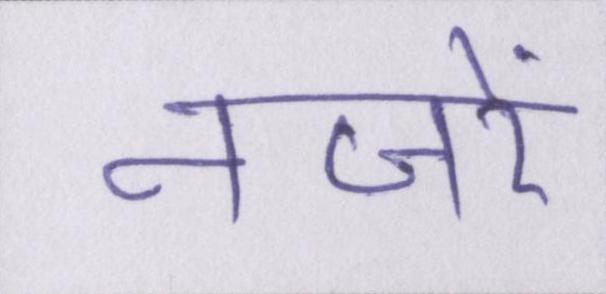
नजरें